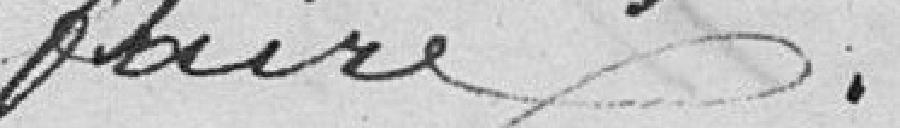
faire.